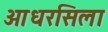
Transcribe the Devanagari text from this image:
आधरसिला